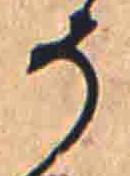
そ